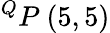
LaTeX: ^{Q}P\ (5,5)